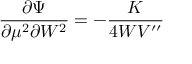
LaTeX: \frac { \partial \Psi } { \partial \mu ^ { 2 } \partial W ^ { 2 } } = - \frac K { 4 W V ^ { \prime \prime } }